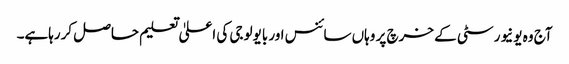
آج وہ یونیورسٹی کے خرچ پر وہاں سائنس اور بایولوجی کی اعلیٰ تعلیم حاصل کررہاہے۔